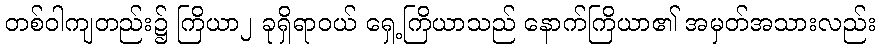
တစ်ဝါကျတည်း၌ ကြိယာ၂ ခုရှိရာဝယ် ရှေ့ကြိယာသည် နောက်ကြိယာ၏ အမှတ်အသားလည်း